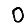
Digit: 0